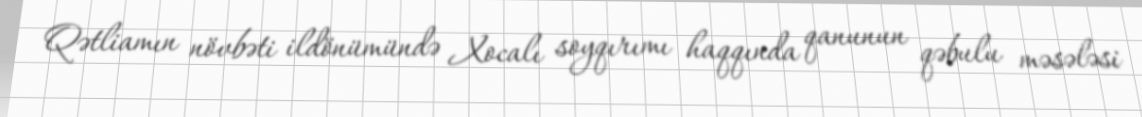
Qətliamın növbəti ildönümündə Xocalı soyqırımı haqqında qanunun qəbulu məsələsi